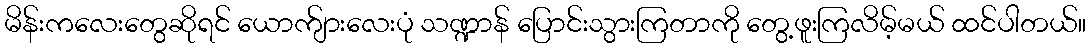
မိန်းကလေးတွေဆိုရင် ယောက်ျားလေးပုံ သဏ္ဍာန် ပြောင်းသွားကြတာကို တွေ့ဖူးကြလိမ့်မယ် ထင်ပါတယ်။